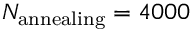
N _ { \mathrm { a n n e a l i n g } } = 4 0 0 0